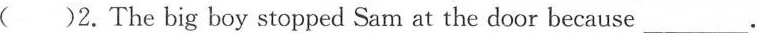
( )2.The big boy stopped Sam at the door because ___.